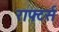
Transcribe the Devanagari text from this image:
राफ्टर्स